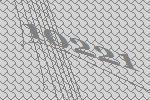
10221